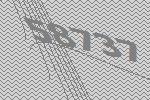
58737